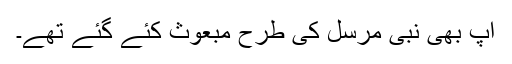
آپ بھی نبی مرسل کی طرح مبعوث کئے گئے تھے۔